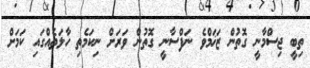
ތިބީ ޖިސްމާނީ ގޮތުން ޒަޚަމްވެ ނަފްސާނީ ގޮތުން ވަރަށް ނިކަމެތި ހާލަތެއްގައި ކަމަށް